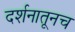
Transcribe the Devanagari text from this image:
दर्शनातूनच